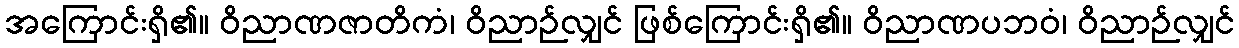
အကြောင်းရှိ၏။ ဝိညာဏဇာတိကံ၊ ဝိညာဉ်လျှင် ဖြစ်ကြောင်းရှိ၏။ ဝိညာဏပဘဝံ၊ ဝိညာဉ်လျှင်